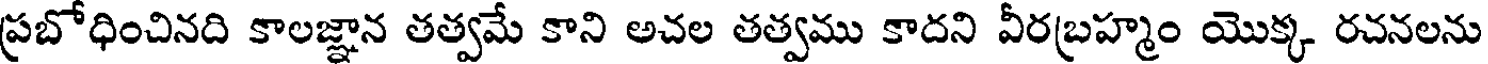
ప్రబోధించినది కాలజ్ఞాన తత్వమే కాని అచల తత్వము కాదని వీరబ్రహ్మం యొక్క రచనలను